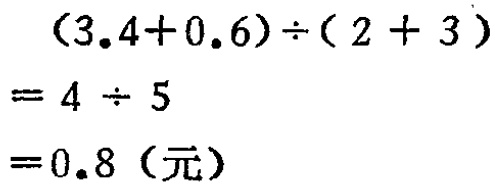
\((3.4 + 0.6)\div(2 + 3)=4\div5 = 0.8（元）\)